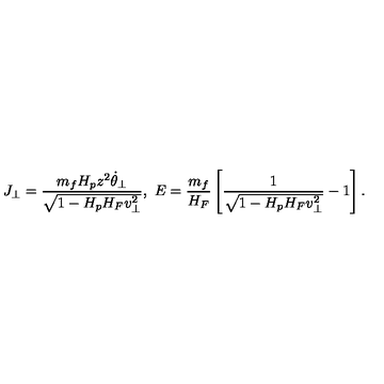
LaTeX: J _ { \perp } = { \frac { m _ { f } H _ { p } z ^ { 2 } \dot { \theta } _ { \perp } } { \sqrt { 1 - H _ { p } H _ { F } v _ { \perp } ^ { 2 } } } } , \ E = { \frac { m _ { f } } { H _ { F } } } \left[ { \frac { 1 } { \sqrt { 1 - H _ { p } H _ { F } v _ { \perp } ^ { 2 } } } } - 1 \right] .